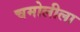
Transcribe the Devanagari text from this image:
चमोलीला